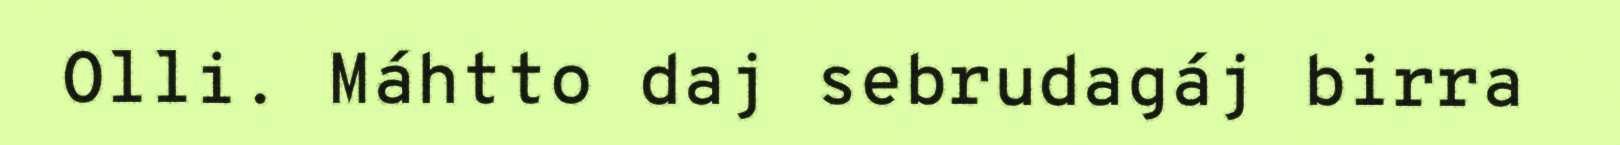
Olli. Máhtto daj sebrudagáj birra